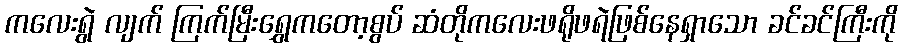
ကလေးရွဲ လျက် ကြက်မြီးရွှေကတော့စွပ် ဆံတိုကလေးဖရိုဖရဲဖြစ်နေရှာသော ခင်ခင်ကြီးကို